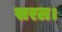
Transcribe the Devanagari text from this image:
सरल।